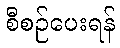
စီစဉ်ပေးရန်